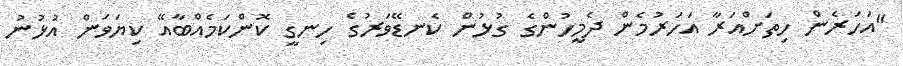
"އަހަރެން ހިތަށްއަރާ އަހަރުމެން ދެމީހުންގެ ގުޅުން ކެނޑޭވަރުގެ ހިނގީ ކޮންކަމެއްބާއޭ ކިޔަވަން އުޅުނު